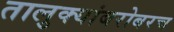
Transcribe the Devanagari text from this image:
तालुक्यांबरोबरच